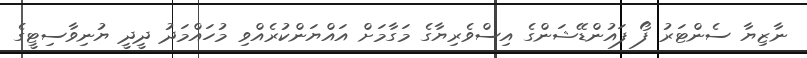
ނާޒިޔާ ސެންޓަރު ފޯ ފައުންޑޭޝަންގެ އިސްވެރިޔާގެ މަގާމަށް އައްޔަންކުރެއްވި މުހައްމަދު ދީދީ ޔުނިވާސިޓީގެ